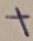
Text: +